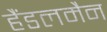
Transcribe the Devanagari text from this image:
हैंडलमैन